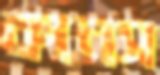
কানস